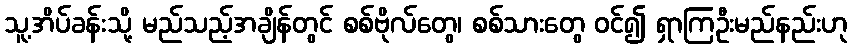
သူ့အိပ်ခန်းသို့ မည်သည့်အချိန်တွင် စစ်ဗိုလ်တွေ၊ စစ်သားတွေ ဝင်၍ ရှာကြဦးမည်နည်းဟု